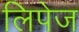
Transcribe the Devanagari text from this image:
लिपेज